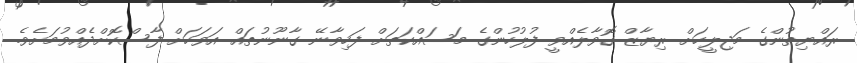
ރައްޔިތުންގެ މަޖިލީހަށް ރިޔާޒް ގޮވާލެއްވީ ފުލުހުންގެ މަސައްކަތަށް ފަހިވާނޭ ގާނޫނުތައް އަވަހަށް ފާސްކޮށްދެއްވުމަށެވެ.